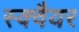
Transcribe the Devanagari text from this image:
स्‍क्‍वैयर